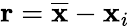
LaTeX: \mathbf r=\overline{{\mathbf x}}-\mathbf x_{i}